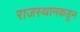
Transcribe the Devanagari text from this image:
राजस्थानकडून